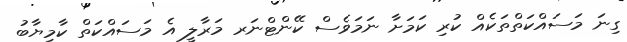
ގިނަ މަސައްކަތްތަކެއް ކުރި ކަމަށާ ނަމަވެސް ކޭންޓްނަރ މަރާލީ އެ މަސައްކަތް ކާމިޔާބު